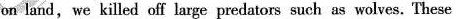
on land,we killed off larpe predatom such as wolves. These